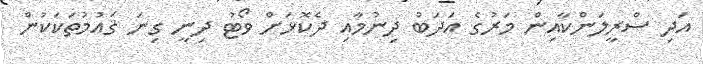
އަދި ސްރީލަންކާއިން މަރުގެ އަދަބު ދިނުމާއި ދެކޮޅަށް ވޯޓު ދިނީ ގިނަ ޤައުމުތަކަކުން